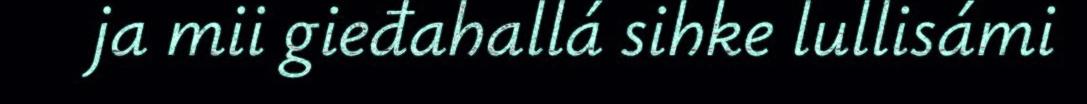
ja mii gieđahallá sihke lullisámi